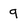
Character: 9